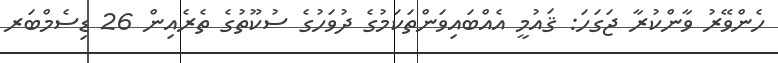
ހެންވޭރު ވާންކުރާ ޖަގަހަ: ޤައުމީ އެއްބައިވަންތަކަމުގެ ދުވަހުގެ ސުކޫތުގެ ތެރެއިން 26 ޑިސެމްބަރ